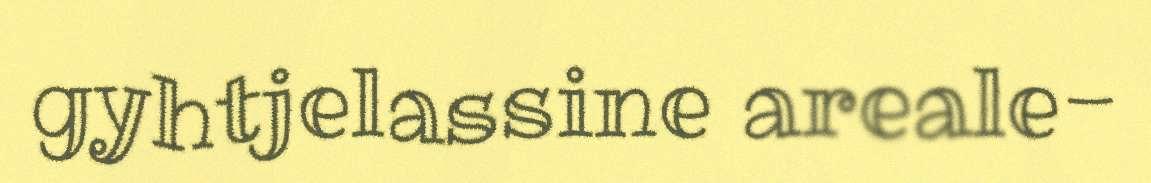
gyhtjelassine areale-